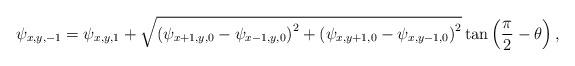
LaTeX: \begin{align*}{\psi _{x,y,-1}} = {\psi _{x,y,1}} + \sqrt {{{\left( {{\psi _{x + 1,y,0}} - {\psi _{x - 1,y,0}}} \right)}^2} + {{\left( {{\psi _{x,y + 1,0}} - {\psi _{x,y - 1,0}}} \right)}^2}} \tan \left( {\frac{\pi }{2} - \theta } \right),\end{align*}